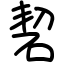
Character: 䂮